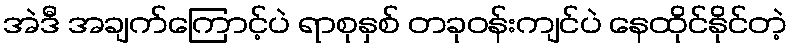
အဲဒီ အချက်ကြောင့်ပဲ ရာစုနှစ် တခုဝန်းကျင်ပဲ နေထိုင်နိုင်တဲ့